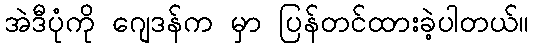
အဲဒီပုံကို ဂျေဒန်က မှာ ပြန်တင်ထားခဲ့ပါတယ်။